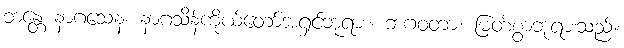
ဘန္တေ နာဂသေန၊ နာဂသိန်ကိုယ်တော်အရှင်ဘုရား။ ဘဂဝတာ၊ မြတ်စွာဘုရားသည်။